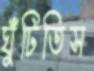
ঘুঁটিতিস